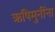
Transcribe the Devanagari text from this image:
ऋषिमुनींना